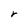
Character: r